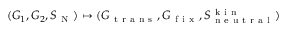
( G _ { 1 } , G _ { 2 } , S _ { \mathrm { ~ N ~ } } ) \mapsto ( G _ { \mathrm { ~ t ~ r ~ a ~ n ~ s ~ } } , G _ { \mathrm { ~ f ~ i ~ x ~ } } , S _ { \mathrm { ~ n ~ e ~ u ~ t ~ r ~ a ~ l ~ } } ^ { \mathrm { ~ k ~ i ~ n ~ } } )